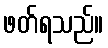
ဖတ်ရသည်။